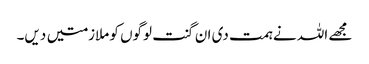
مجھے اللہ نے ہمت دی ان گنت لوگوں کو ملازمتیں دیں۔